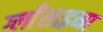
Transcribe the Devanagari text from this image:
ग्लाँसाइना